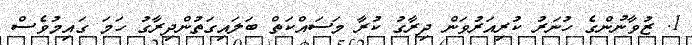
1. ޒުވާނުންގެ ހުނަރު ކުރިއަރުވަން ދިރާގު ކުރާ މަސައްކަތް ބަލައިގަތުންދިރާގު ހަމަ ގައިމުވެސް